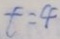
t = 4